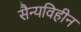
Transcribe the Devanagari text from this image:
सैन्यविहीन